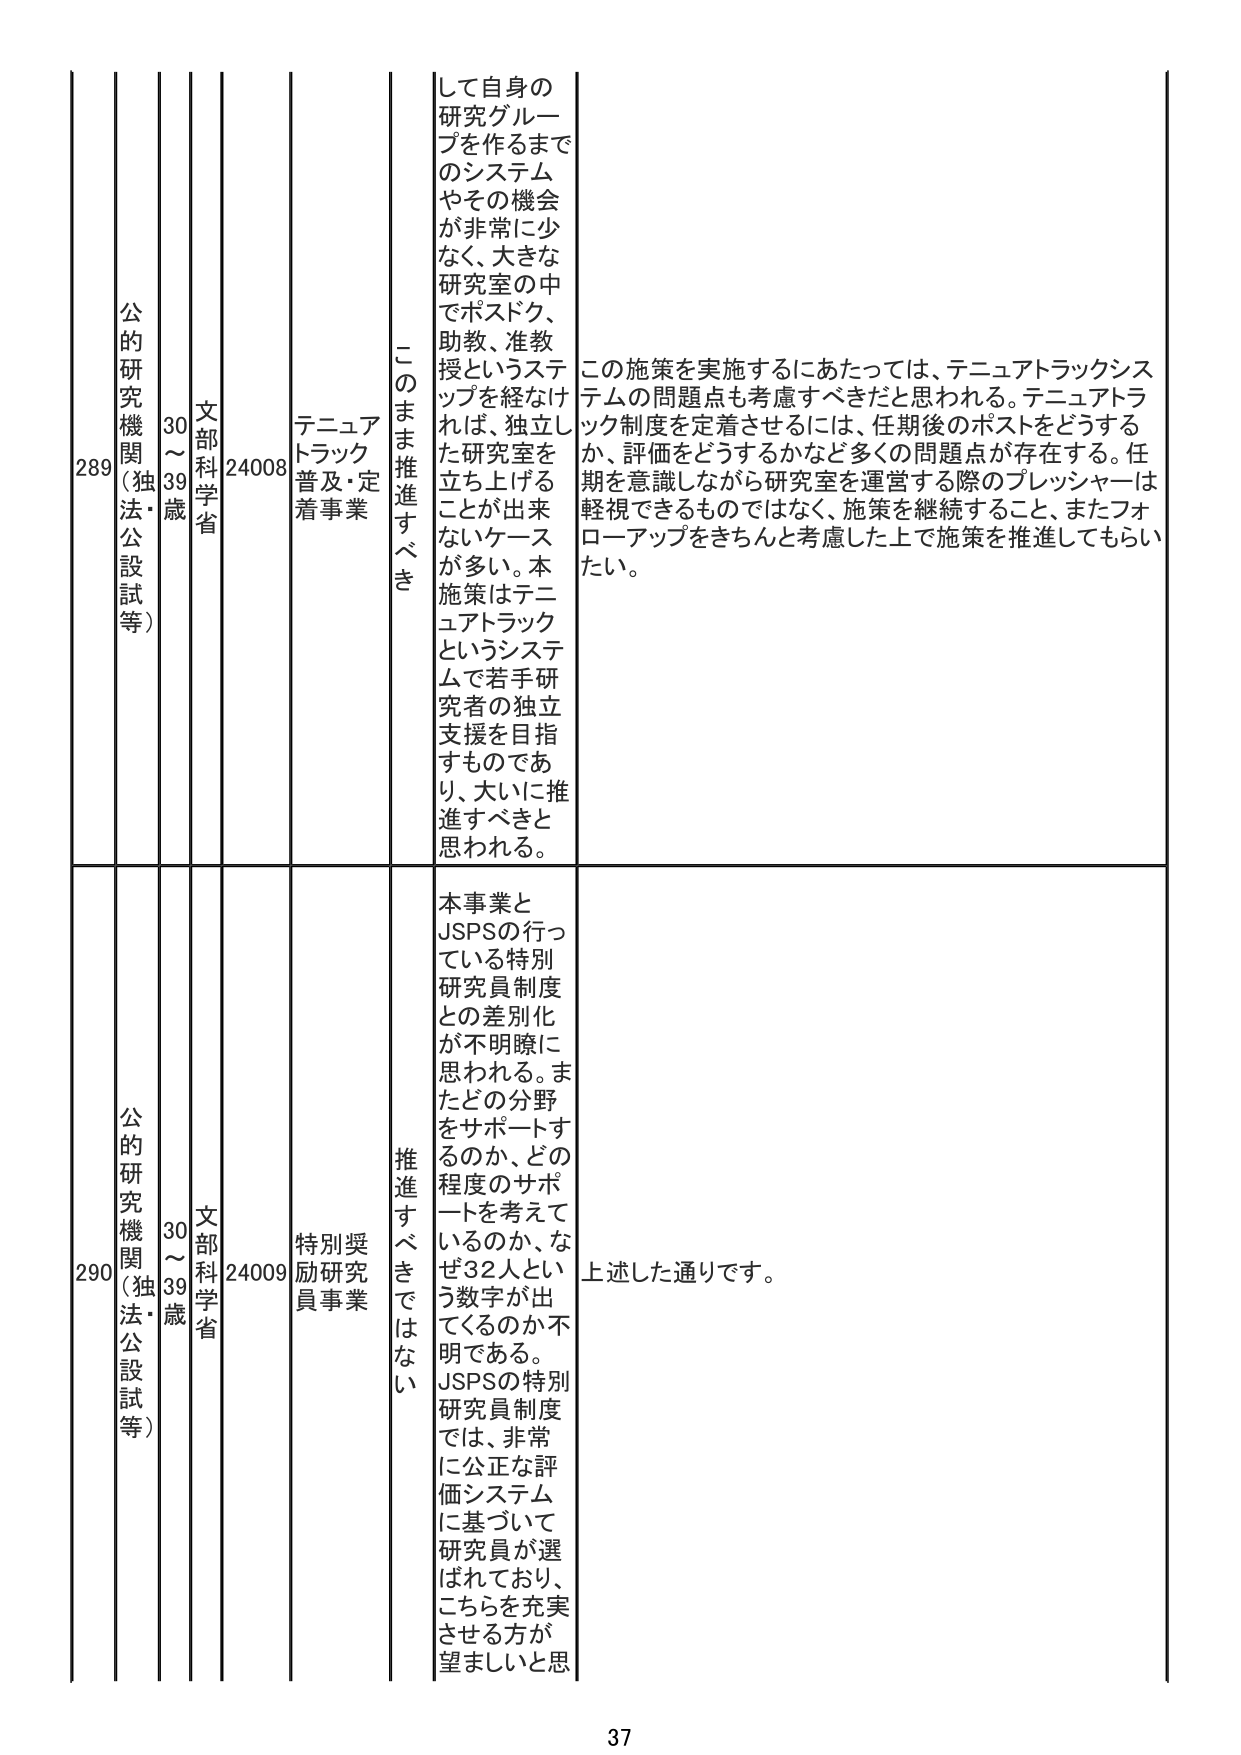
289 公的研究機関（独法・公設試等） 30～39歳 文部科学省 24008 テニュアトラック普及・定着事業 このまま推進すべき して自身の研究グループを作るまでのシステムやその機会が非常に少なく、大きな研究室の中でポスドク、助教、准教授というステップを経なければ、独立した研究室を立ち上げることが出来ないケースが多い。本施策はテニュアトラックというシステムで若手研究者の独立支援を目指すものであり、大いに推進すべきと思われる。 この施策を実施するにあたっては、テニュアトラックシステムの問題点も考慮すべきだと思われる。テニュアトラック制度を定着させるには、任期後のポストをどうするか、評価をどうするかなど多くの問題点が存在する。任期を意識しながら研究室を運営する際のプレッシャーは軽視できるものではなく、施策を継続すること、またフォローアップをきちんと考慮した上で施策を推進してもらいたい。

290 公的研究機関（独法・公設試等） 30～39歳 文部科学省 24009 特別奨励研究員事業 推進すべきではない 本事業とJSPSの行っている特別研究員制度との差別化が不明瞭に思われる。またどの分野をサポートするのか、どの程度のサポートを考えているのか、なぜ32人という数字が出てくるのか不明である。JSPSの特別研究員制度では、非常に公正な評価システムに基づいて研究員が選ばれており、こちらを充実させる方が望ましいと思 上述した通りです。

37